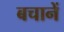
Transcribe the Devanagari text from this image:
बचानें